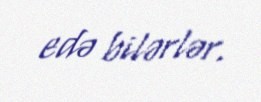
edə bilərlər.